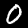
Label: 0